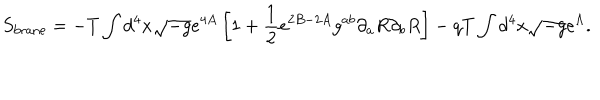
LaTeX: S _ { \mathrm { b r a n e } } = - T \int d ^ { 4 } x \sqrt { - g } e ^ { 4 A } \left[ 1 + \frac { 1 } { 2 } e ^ { 2 B - 2 A } g ^ { a b } \partial _ { a } R \partial _ { b } R \right] - q T \int d ^ { 4 } x \sqrt { - g } e ^ { \Lambda } .